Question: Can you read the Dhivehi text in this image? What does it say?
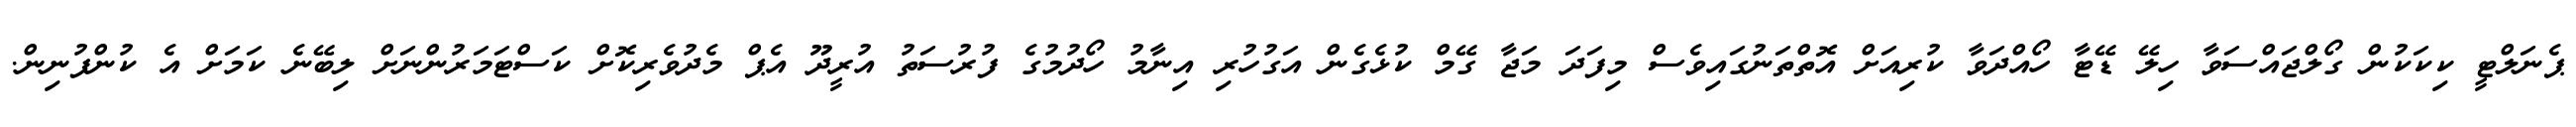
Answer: ޕެނަލްޓީ ކިކަކުން ގޯލްޖައްސަވާ ހިލޭ ޑޭޓާ ހޯއްދަވާ ކުރިއަށް އޮތްތަނުގައިވެސް މިފަދަ މަޖާ ގޭމް ކުޅެގެން އަގުހުރި އިނާމު ހޯދުމުގެ ފުރުސަތު އުރީދޫ އެޕް މެދުވެރިކޮށް ކަސްޓަމަރުންނަށް ލިބޭނެ ކަމަށް އެ ކުންފުނިން.